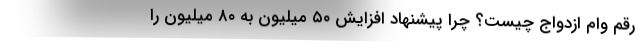
رقم وام ازدواج چیست؟ چرا پیشنهاد افزایش ۵۰ میلیون به ۸۰ میلیون را